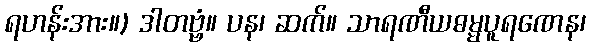
ရဟန်းအား။) ဒါတဗ္ဗံ။ ပန၊ ဆက်။ သာရဏီယဓမ္မပူရဏေန၊